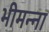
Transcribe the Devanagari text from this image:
भीमन्ना